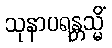
သုနာပရန္တသ္မိံ